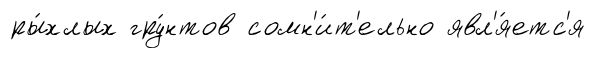
ры́хлых гру́нтов сомн'и́т'ельно явл'я́етс'я